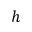
h